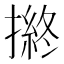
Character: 𢴋